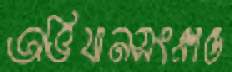
অভিযানসংক্রান্ত